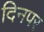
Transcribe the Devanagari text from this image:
दिनपर